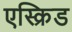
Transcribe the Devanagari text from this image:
एस्क्रिड